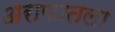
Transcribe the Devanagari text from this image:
अराफातला